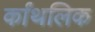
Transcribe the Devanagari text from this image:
र्कांथलिक